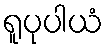
ရူပုပါယံ